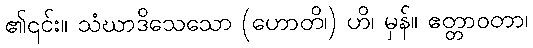
၏၎င်း။ သံဃာဒိသေသော (ဟောတိ၊) ဟိ၊ မှန်။ ဧတ္တာဝတာ၊